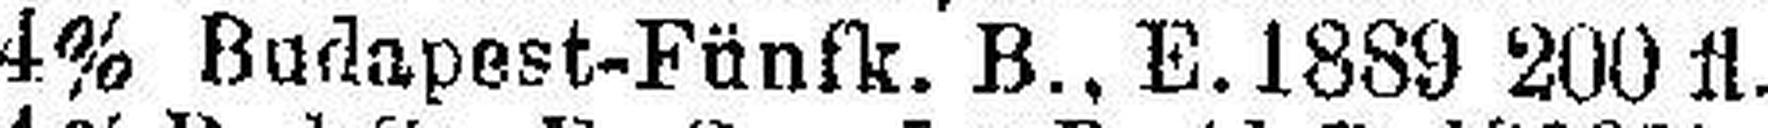
4% Budapest-Fünfk. B., E. 1889 200 fl.